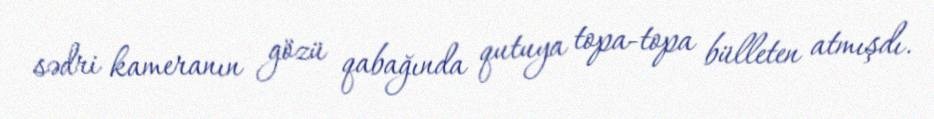
sədri kameranın gözü qabağında qutuya topa-topa bülleten atmışdı.